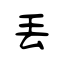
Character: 丟